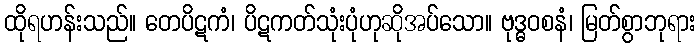
ထိုရဟန်းသည်။ တေပိဋကံ၊ ပိဋကတ်သုံးပုံဟုဆိုအပ်သော။ ဗုဒ္ဓဝစနံ၊ မြတ်စွာဘုရား